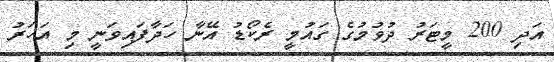
އަދި 200 މީޓަރު ދުވުމުގެ ގައުމީ ރެކޯޑު އޭނާ ހަދާފައިވަނީ މި އަހަރު